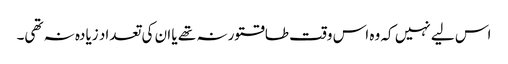
اس لیے نہیں کہ وہ اس وقت طاقتور نہ تھے یا ان کی تعداد زیادہ نہ تھی۔